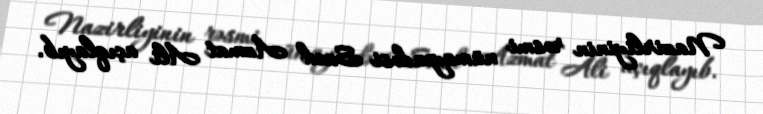
Nazirliyinin rəsmi nümayəndəsi Saed Azmat Ali açıqlayıb.